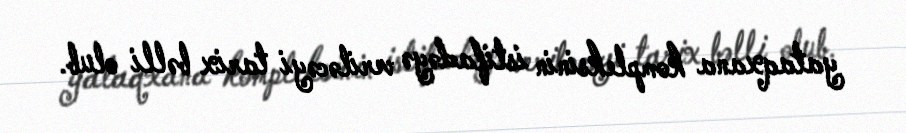
yataqxana kompleksinin istifadəyə veriləcəyi tarix bəlli olub.